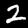
Label: 2